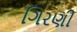
ગિરણી